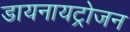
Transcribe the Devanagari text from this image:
डायनायट्रोजन